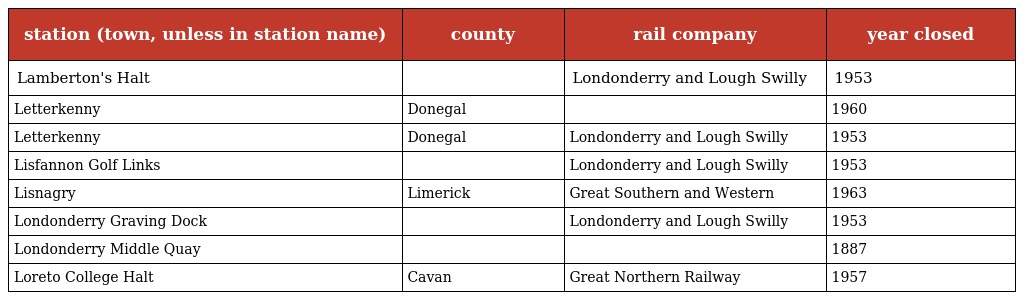
| station (town, unless in station name) | county | rail company | year closed |
 | --- | --- | --- | --- |
 | Lamberton's Halt |  | Londonderry and Lough Swilly | 1953 |
 | Letterkenny | Donegal |  | 1960 |
 | Letterkenny | Donegal | Londonderry and Lough Swilly | 1953 |
 | Lisfannon Golf Links |  | Londonderry and Lough Swilly | 1953 |
 | Lisnagry | Limerick | Great Southern and Western | 1963 |
 | Londonderry Graving Dock |  | Londonderry and Lough Swilly | 1953 |
 | Londonderry Middle Quay |  |  | 1887 |
 | Loreto College Halt | Cavan | Great Northern Railway | 1957 |